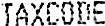
TAXCODE